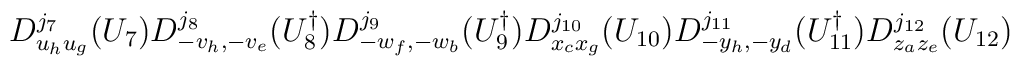
D^{j_7}_{u_hu_g}(U_7)D^{j_8}_{-v_h,-v_e}(U_8^\dagger)D^{j_9}_{-w_f,-w_b}(U_9^\dagger)D^{j_{10}}_{x_cx_g}(U_{10})D^{j_{11}}_{-y_h,-y_d}(U_{11}^\dagger)D^{j_{12}}_{z_az_e}(U_{12})